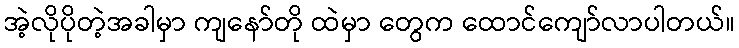
အဲ့လိုပိုတဲ့အခါမှာ ကျနော်တို ထဲမှာ တွေက ထောင်ကျော်လာပါတယ်။